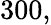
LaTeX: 300,